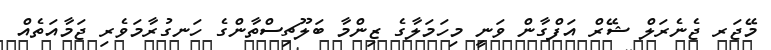
މޭޖަރ ޖެނެރަލް ޝޭރް އަފްގާން ވަނީ މިހަމަލާގެ ޒިންމާ ބަލޫޗިސްތާންގެ ހަނގުރާމަވެރި ޖަމާއަތެއް